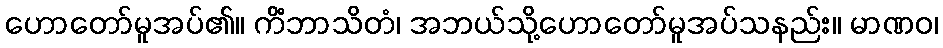
ဟောတော်မူအပ်၏။ ကိံဘာသိတံ၊ အဘယ်သို့ဟောတော်မူအပ်သနည်း။ မာဏဝ၊